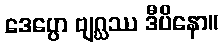
ဒေပ္ပော ဗျဂ္ဃဿ ဒီပိနော။